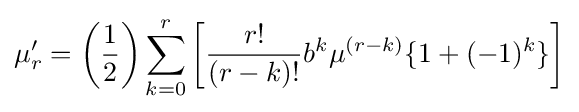
\mu _{r}'={\bigg (}{\frac {1}{2}}{\bigg )}\sum _{k=0}^{r}{\bigg [}{\frac {r!}{(r-k)!}}b^{k}\mu ^{(r-k)}\{1+(-1)^{k}\}{\bigg ]}